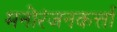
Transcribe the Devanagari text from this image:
मनोरंजनकर्त्ता